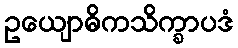
ဥယျောဓိကသိက္ခာပဒံ